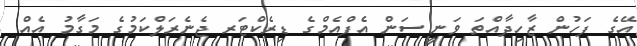
އޭގެ ފަހުން ޒާހިދާއްތަ ވަނީ ސަން އެފްއެމްގެ ޑިރެކްޓަރ ޖެނެރަލްކަމުގެ މަގާމު އެއް